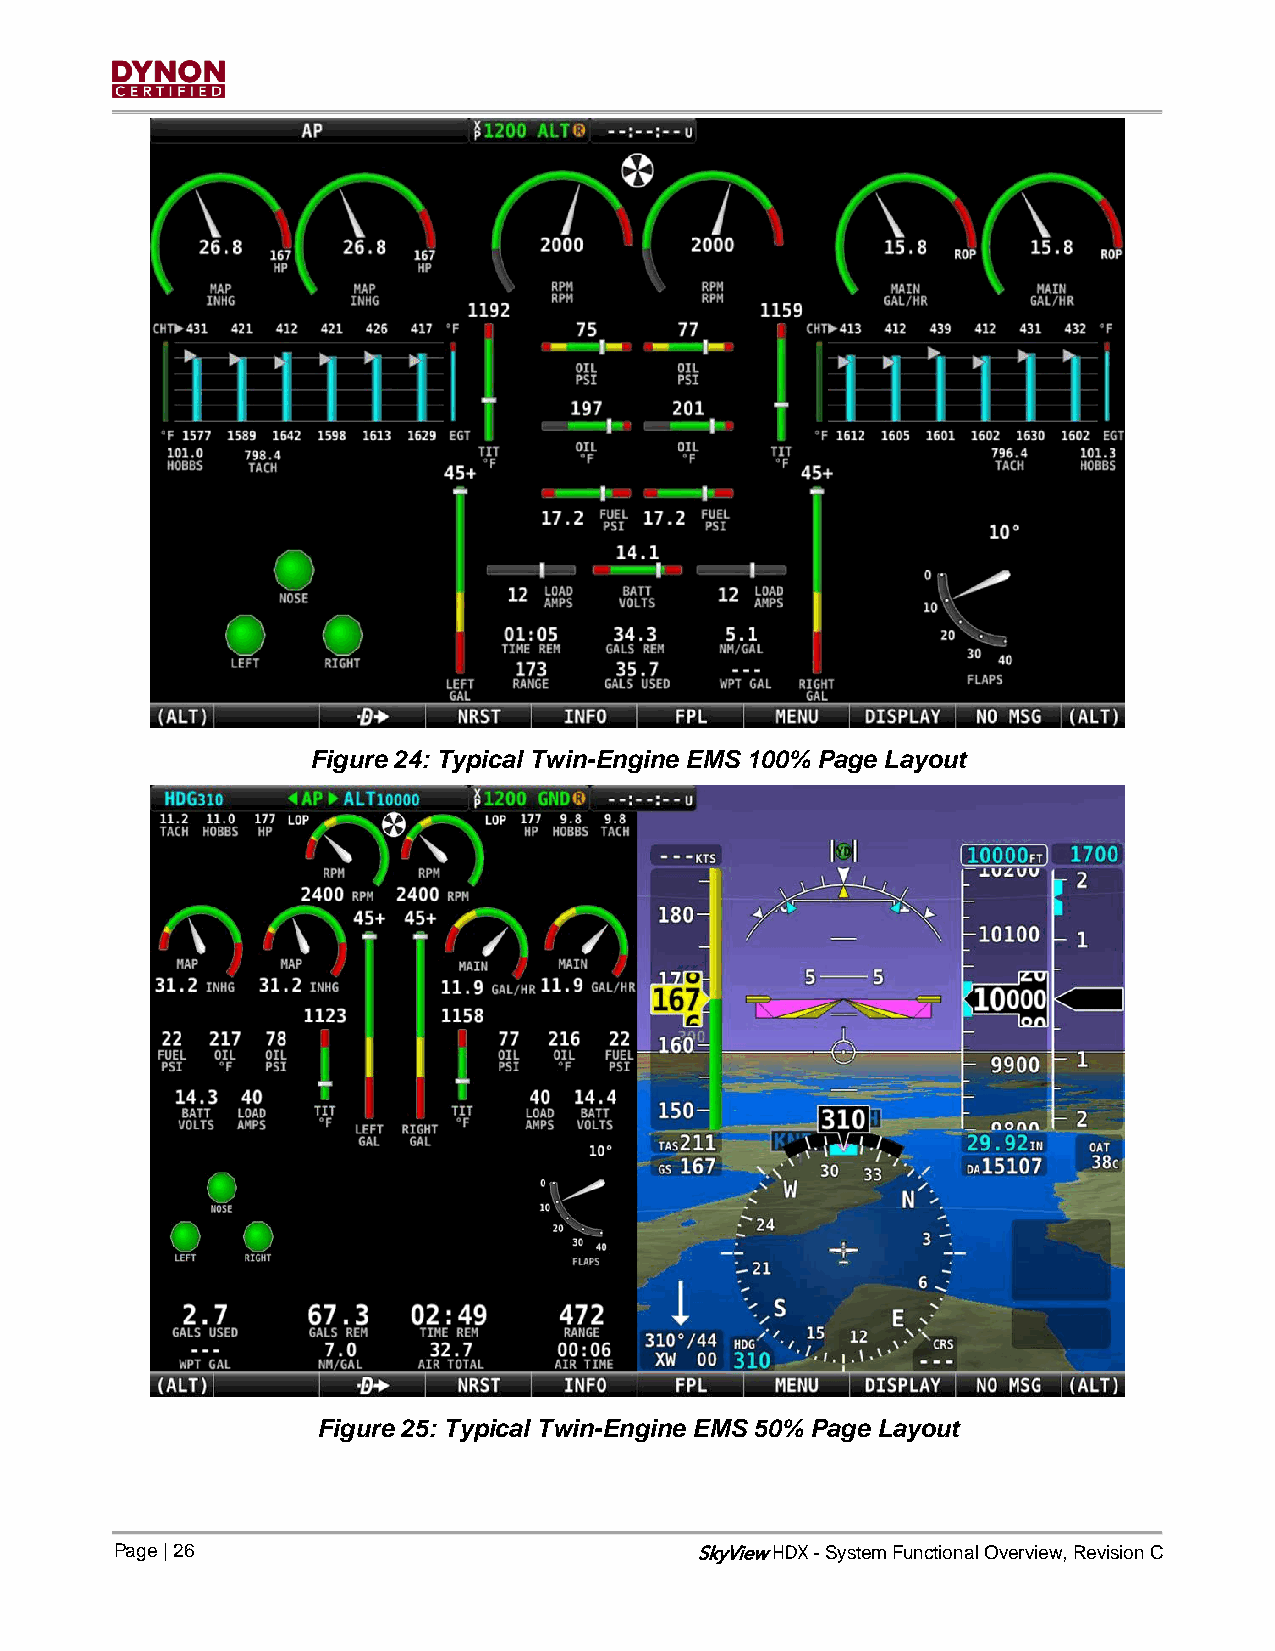
Figure 24: Typical Twin-Engine EMS 100% Page Layout
 Figure 25: Typical Twin-Engine EMS 50% Page Layout
 Page | 26                             SkyView - System Functional Overview, Revision C